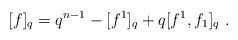
LaTeX: \begin{align*}[f]_q=q^{n-1} - [f^1]_q + q[f^1,f_1]_q \ .\end{align*}